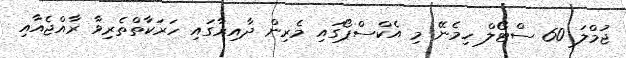
ޖުމްލަ 60 ސްޓޯލް ހިމެނޭ މި އެކްސްޕޯގައި މެރިން ދާއިރާގައި ހަރަކާތްތެރިވާ ރާއްޖެއާއި